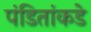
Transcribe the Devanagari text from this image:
पंडितांकडे